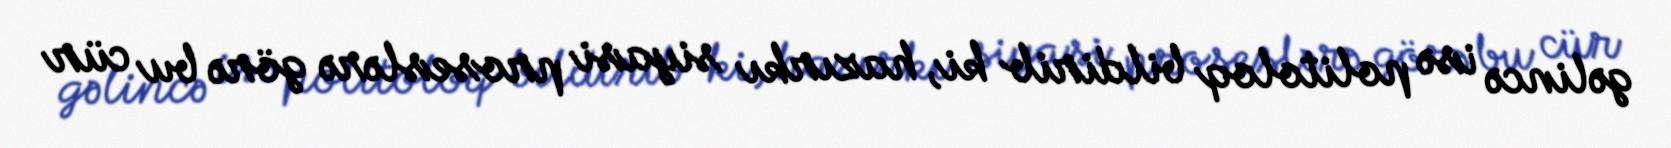
gəlincə isə politoloq bildirib ki, hazırkı siyasi proseslərə görə bu cür